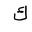
Letter: _kaf